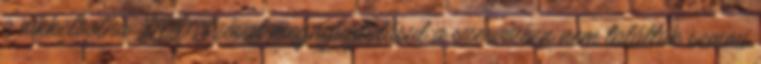
a nikkelbolha :DDD Szóval megnyugtatásul:a szervízben nem találtak semmi